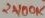
Text: 2100K